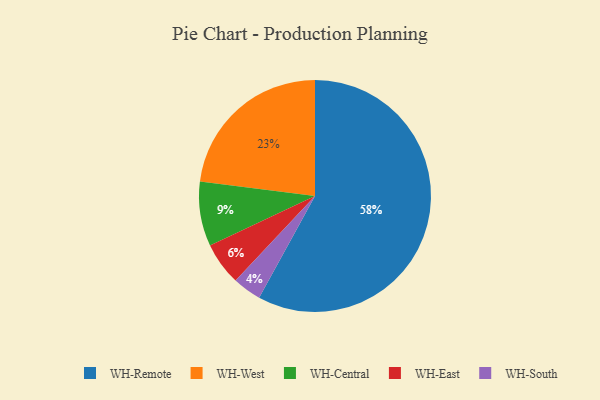
{"axis": {"x": "Category", "y": "Percentage"}, "legend": ["WH-Central", "WH-East", "WH-Remote", "WH-South", "WH-West"], "data": [{"x": "WH-Remote", "y": 58, "type": "WH-Remote"}, {"x": "WH-Central", "y": 9, "type": "WH-Central"}, {"x": "WH-East", "y": 6, "type": "WH-East"}, {"x": "WH-South", "y": 4, "type": "WH-South"}, {"x": "WH-West", "y": 23, "type": "WH-West"}]}